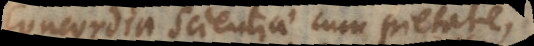
Concordia scientiae cum pietate,